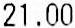
21.00